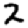
Digit: 2